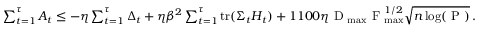
\begin{array} { r } { \sum _ { t = 1 } ^ { \tau } A _ { t } \leq - \eta \sum _ { t = 1 } ^ { \tau } \Delta _ { t } + \eta \beta ^ { 2 } \sum _ { t = 1 } ^ { \tau } \operatorname { t r } ( \Sigma _ { t } H _ { t } ) + 1 1 0 0 \eta \textrm { D } _ { \operatorname* { m a x } } \textrm { F } _ { \operatorname* { m a x } } ^ { 1 / 2 } \sqrt { n \log ( \textrm { P } ) } \, . } \end{array}